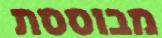
מבוססת